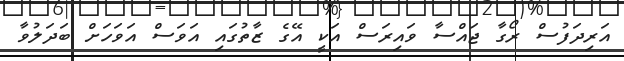
އަރިދަފުސް ރޯގާ ޖައްސާ ވައިރަސް އަކީ އޭގެ ޒާތުގައި އަވަސް އަވަހަށް ބަދަލުވާ